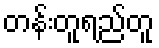
တန်းတူရည်တူ